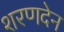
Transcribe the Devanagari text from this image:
शरणदेन